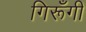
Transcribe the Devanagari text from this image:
गिरूँगी